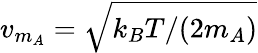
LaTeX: v_{m_{A}}=\sqrt{k_{B}T/(2m_{A})}